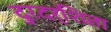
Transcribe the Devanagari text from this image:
दुरदर्शिता